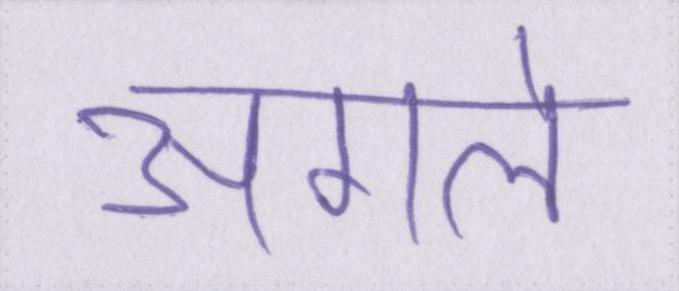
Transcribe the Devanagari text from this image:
अगले